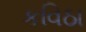
કવિઠા